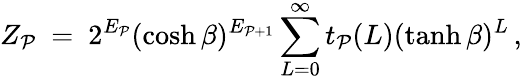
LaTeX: Z_{\mathcal{P}}~=~2^{E_{\mathcal{P}}}(\cosh\beta)^{E_{\mathcal{P}+1}}\sum_{L=0}^{\infty}t_{\mathcal{P}}(L)(\operatorname{tanh}\beta)^{L}\, ,